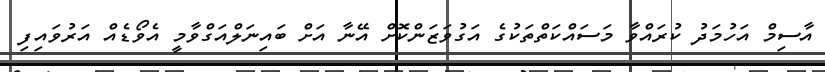
އާސިމް އަހުމަދު ކުރައްވާ މަސައްކަތްތަކުގެ އަގުވަޒަންކޮށް އޭނާ އަށް ބައިނަލްއަގްވާމީ އެވޯޑެއް އަރުވައިފި